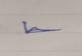
Signature authenticity: genuine